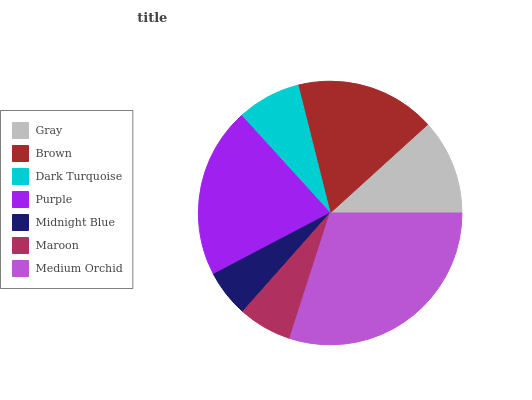
| Gray | Brown | Dark Turquoise | Purple | Midnight Blue | Maroon | Medium Orchid |
 | --- | --- | --- | --- | --- | --- | --- |
 | 11.7% | 17.2% | 7.83% | 21% | 5.76% | 6.59% | 29.9% |